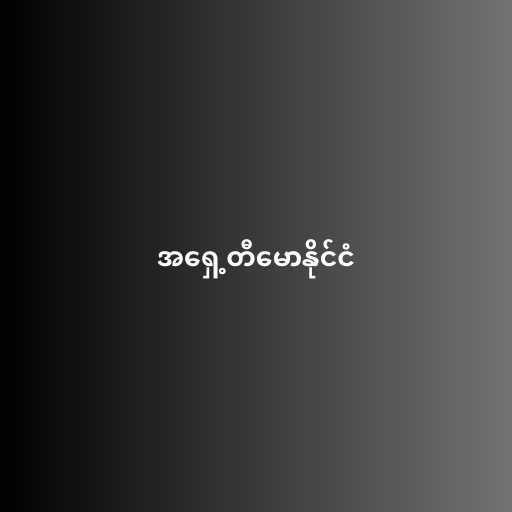
အရှေ့တီမောနိုင်ငံ